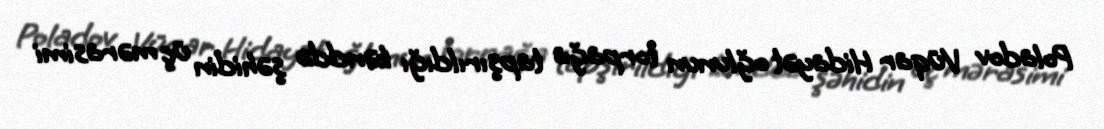
Poladov Vüqar Hidayət oğlunun torpağa tapşırıldığı kənddə şəhidin üç mərasimi